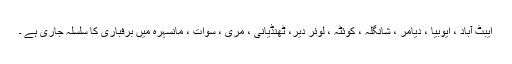
ایبٹ آباد ، ایوبیا ، دیامر ، شانگلہ ، کوئٹہ ، لوئر دیر، ٹھنڈیانی ، مری ، سوات ، مانسہرہ میں برفباری کا سلسلہ جاری ہے ۔